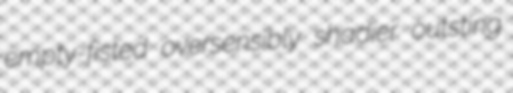
empty-fisted oversensibly shadier outsting